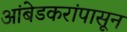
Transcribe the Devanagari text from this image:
आंबेडकरांपासून